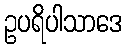
ဥပရိပါသာဒေ